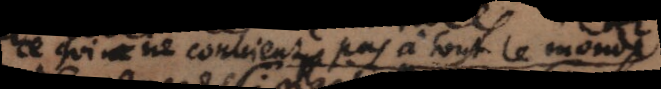
ce qui ne conviens pas à tout le monde